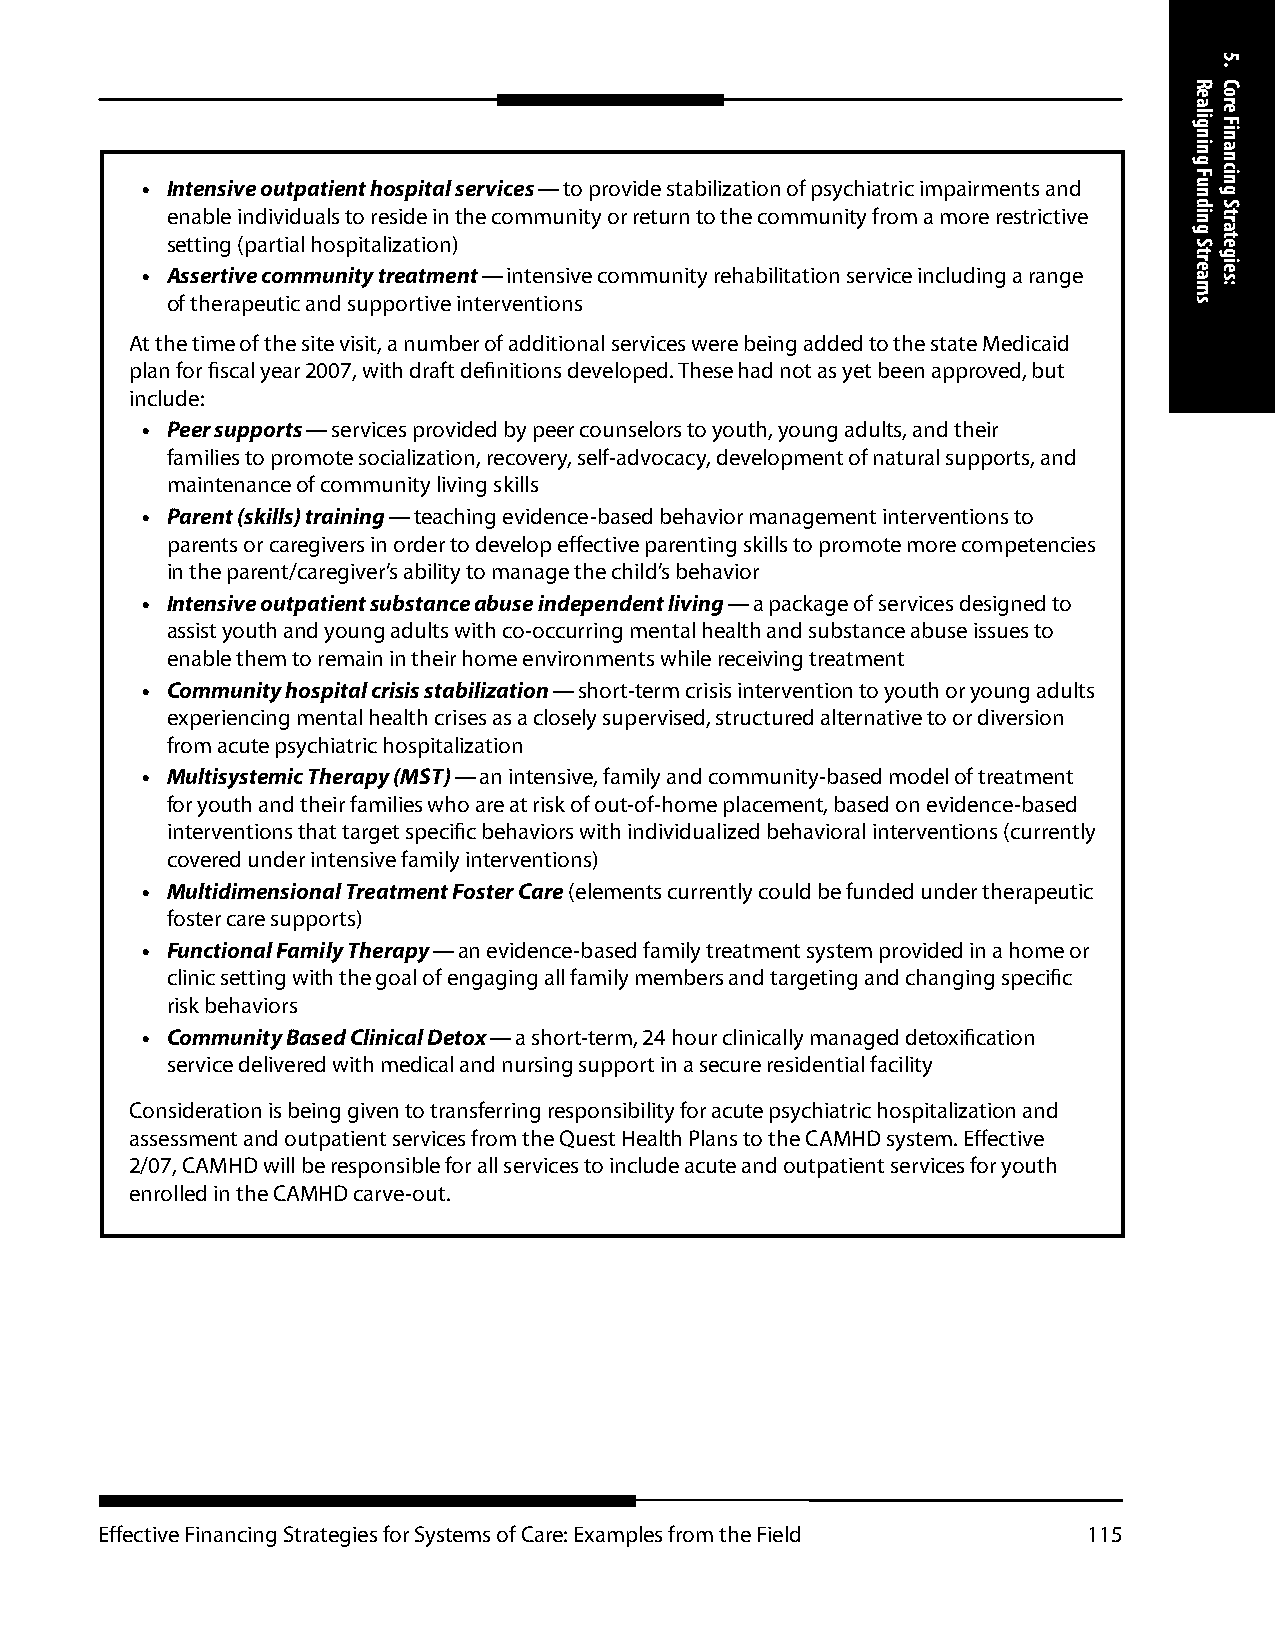
• Intensive outpatient hospital services — to provide stabilization of psychiatric impairments and
 enable individuals to reside in the community or return to the community from a more restrictive
 setting (partial hospitalization)
 • Assertive community treatment — intensive community rehabilitation service including a range
 of therapeutic and supportive interventions
 At the time of the site visit, a number of additional services were being added to the state Medicaid
 plan for fiscal year 2007, with draft definitions developed. These had not as yet been approved, but
 include:
 • Peer supports — services provided by peer counselors to youth, young adults, and their
 families to promote socialization, recovery, self-advocacy, development of natural supports, and
 maintenance of community living skills
 • Parent (skills) training — teaching evidence-based behavior management interventions to
 parents or caregivers in order to develop effective parenting skills to promote more competencies
 in the parent/caregiver’s ability to manage the child’s behavior
 • Intensive outpatient substance abuse independent living — a package of services designed to
 assist youth and young adults with co-occurring mental health and substance abuse issues to
 enable them to remain in their home environments while receiving treatment
 • Community hospital crisis stabilization — short-term crisis intervention to youth or young adults
 experiencing mental health crises as a closely supervised, structured alternative to or diversion
 from acute psychiatric hospitalization
 • Multisystemic Therapy (MST) — an intensive, family and community-based model of treatment
 for youth and their families who are at risk of out-of-home placement, based on evidence-based
 interventions that target specific behaviors with individualized behavioral interventions (currently
 covered under intensive family interventions)
 • Multidimensional Treatment Foster Care (elements currently could be funded under therapeutic
 foster care supports)
 • Functional Family Therapy — an evidence-based family treatment system provided in a home or
 clinic setting with the goal of engaging all family members and targeting and changing specific
 risk behaviors
 • Community Based Clinical Detox — a short-term, 24 hour clinically managed detoxification
 service delivered with medical and nursing support in a secure residential facility
 Consideration is being given to transferring responsibility for acute psychiatric hospitalization and
 assessment and outpatient services from the Quest Health Plans to the CAMHD system. Effective
 2/07, CAMHD will be responsible for all services to include acute and outpatient services for youth
 enrolled in the CAMHD carve-out.
 Effective Financing Strategies for Systems of Care: Examples from the Field 115
 Realigning
 Funding
 Streams
 5.
 Core
 Financing
 Strategies: